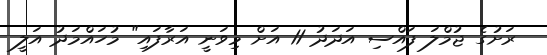
ރަށުގެ ޖުމްލަ ފައްސި އަދަދު 11 އަށް މިވަނީ އަރާފައި" މުހައްމަދު އަލީ